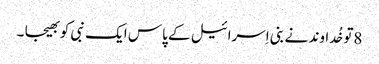
8تو خُداوند نے بنی اِسرائیل کے پاس ایک نبی کو بھیجا ۔